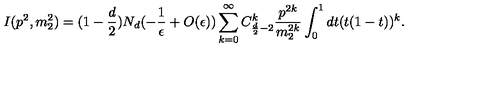
I ( p ^ { 2 } , m _ { 2 } ^ { 2 } ) = ( 1 - \frac { d } { 2 } ) N _ { d } ( - \frac { 1 } { \epsilon } + O ( \epsilon ) ) \sum _ { k = 0 } ^ { \infty } C _ { \frac { d } { 2 } - 2 } ^ { k } \frac { p ^ { 2 k } } { m _ { 2 } ^ { 2 k } } \int _ { 0 } ^ { 1 } d t ( t ( 1 - t ) ) ^ { k } .